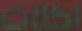
الطلبات